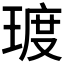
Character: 𪻿